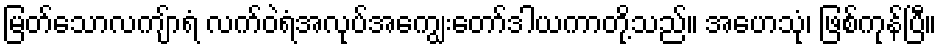
မြတ်သောလကျ်ာရံ လက်ဝဲရံအလုပ်အကျွေးတော်ဒါယကာတို့သည်။ အဟေသုံ၊ ဖြစ်ကုန်ပြီ။